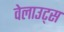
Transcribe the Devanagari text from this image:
वेलाउट्स